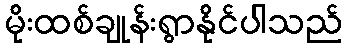
မိုးထစ်ချုန်းရွာနိုင်ပါသည်